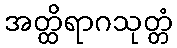
အတ္ထိရာဂသုတ္တံ